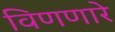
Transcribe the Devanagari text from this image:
विणणारे